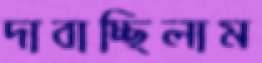
দাবাচ্ছিলাম